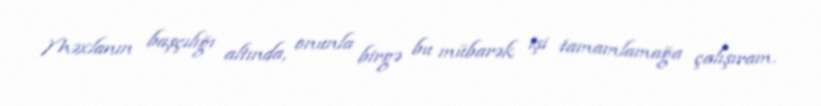
Məxlanın başçılığı altında, onunla birgə bu mübarək işi tamamlamağa çalışıram.